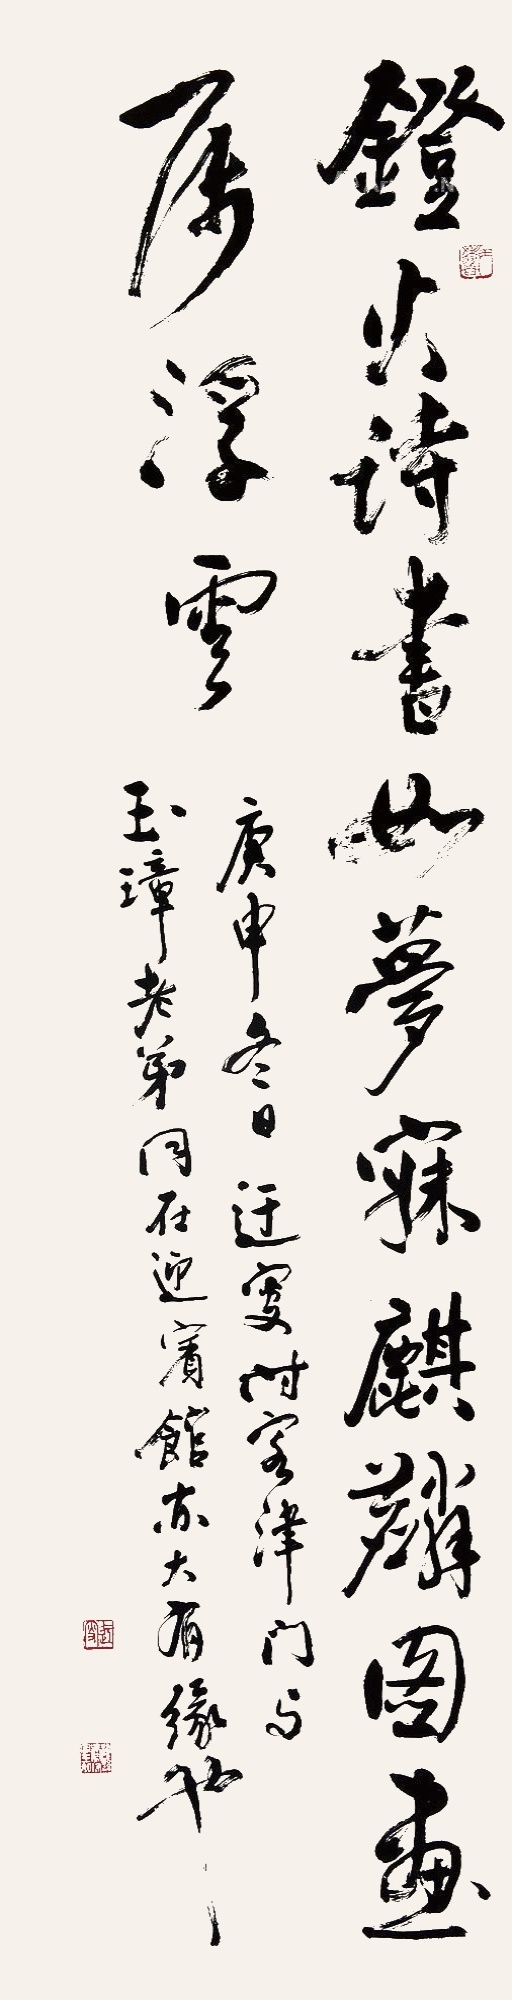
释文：庚申冬日，迂叟时客津门，与玉璋老弟同在迎宾馆，亦大有缘也。迂叟（朱）泾县吴家琭字玉如（白）